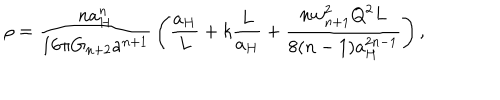
\rho = { \frac { n a _ { H } ^ { n } } { 1 6 \pi G _ { n + 2 } a ^ { n + 1 } } } \left( { \frac { a _ { H } } { L } } + k { \frac { L } { a _ { H } } } + { \frac { n w _ { n + 1 } ^ { 2 } Q ^ { 2 } L } { 8 ( n - 1 ) a _ { H } ^ { 2 n - 1 } } } \right) ,